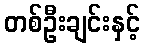
တစ်ဦးချင်းနှင့်